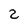
Character: Z